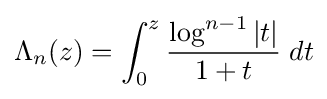
\Lambda _{n}(z)=\int _{0}^{z}{\frac {\log ^{n-1}|t|}{1+t}}\;dt